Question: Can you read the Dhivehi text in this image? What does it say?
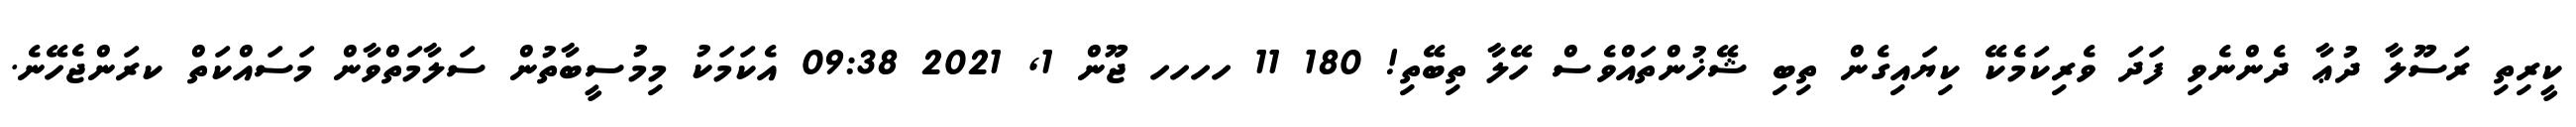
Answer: ކީރިތި ރަސޫލާ ދުޢާ ދެންނެވި ފަދަ ވެރިކަމެކޭ ކިޔައިގެން ތިބި ޝޭޚުންތައްވެސް ހޭލާ ތިބޭތި! 180 11 ހހހހ ޖޫން 1, 2021 09:38 އެކަމަކު މިމުސީބާތުން ސަލާމަތްވާން މަސައްކަތް ކރަންޖެހޭނެ.